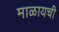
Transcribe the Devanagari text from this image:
माळायची